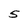
Character: 5